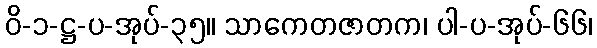
ဝိ-၁-ဋ္ဌ-ပ-အုပ်-၃၅။ သာကေတဇာတက၊ ပါ-ပ-အုပ်-၆၆၊